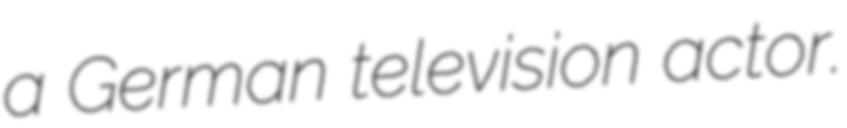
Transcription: a German television actor.